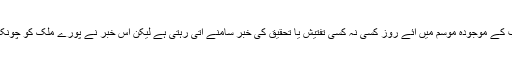
یوں تو احتساب کے موجودہ موسم میں آئے روز کسی نہ کسی تفتیش یا تحقیق کی خبر سامنے آتی رہتی ہے لیکن اس خبر نے پورے ملک کو چونکا کر رکھ دیا ۔